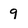
Character: 9